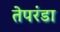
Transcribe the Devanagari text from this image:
तेपरंडा